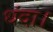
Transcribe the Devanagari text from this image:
धंदा।